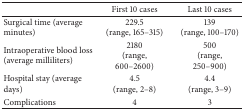
|  | First 10 cases | Last 10 cases |
 | --- | --- | --- |
 | Surgical time (average minutes) | 229.5 (range, 165–315) | 139 (range, 100–170) |
 | Intraoperative blood loss (average milliliters) | 2180 (range, 600–2600) | 500 (range, 250–900) |
 | Hospital stay (average days) | 4.5 (range, 2–8) | 4.4(range, 3–9) |
 | Complications | 4 | 3 |